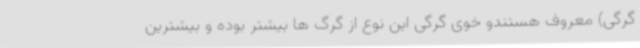
گرگی) معروف هستندو خوی گرگی این نوع از گرگ ها بیشتر بوده و بیشترین